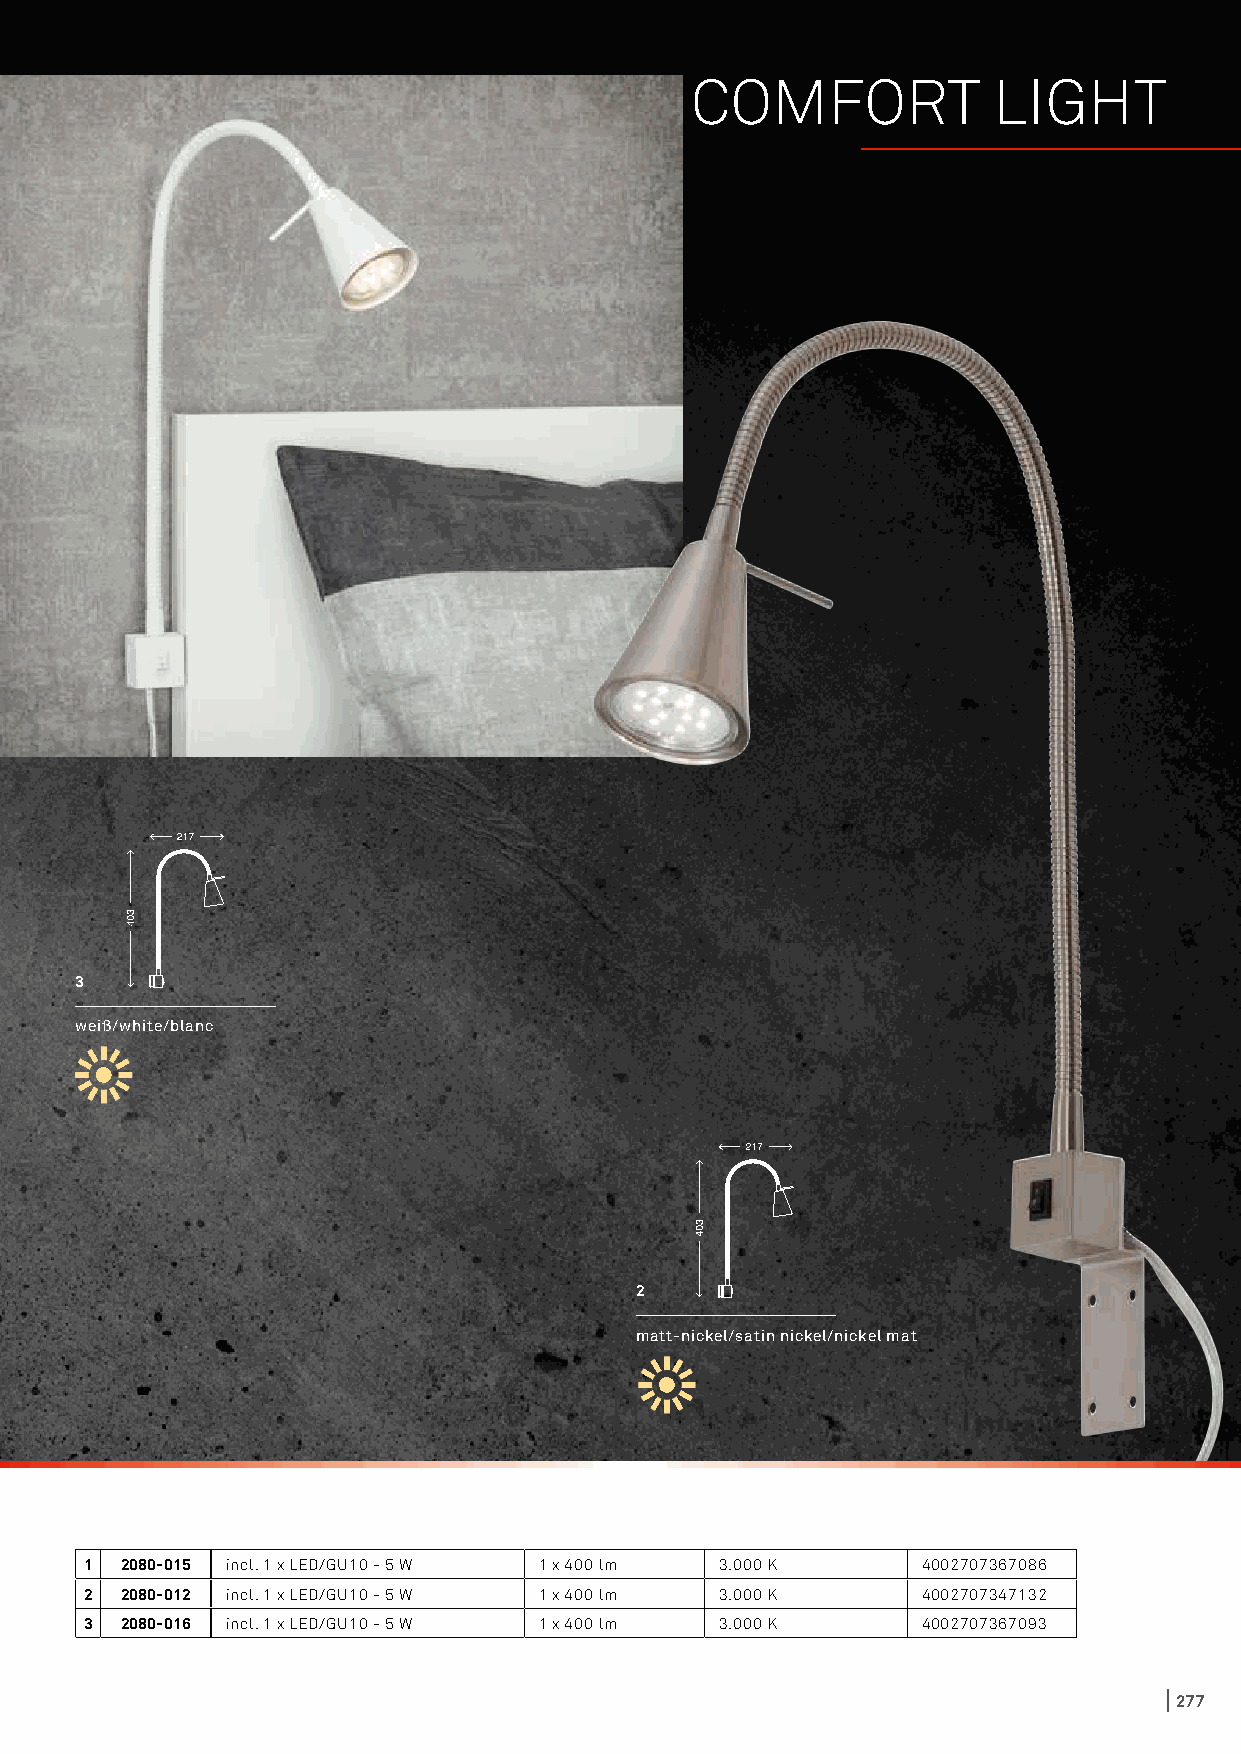
COMFORT             LIGHT
 3
 weiß/white/blanc
 2
 matt-nickel/satin nickel/nickel mat
 1 2080-015 incl. 1 x LED/GU10 - 5 W 1 x 400 lm 3.000 K 4002707367086
 2 2080-012 incl. 1 x LED/GU10 - 5 W 1 x 400 lm 3.000 K 4002707347132
 3 2080-016 incl. 1 x LED/GU10 - 5 W 1 x 400 lm 3.000 K 4002707367093
 277